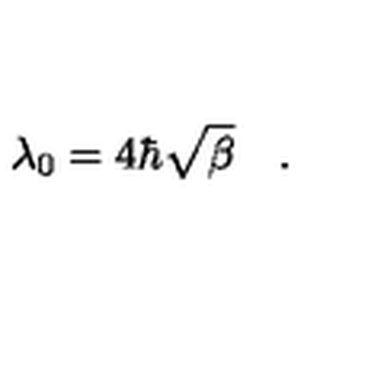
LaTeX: \lambda _ { 0 } = 4 \hbar \sqrt { \beta } \quad .